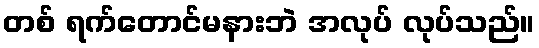
တစ် ရက်တောင်မနားဘဲ အလုပ် လုပ်သည်။